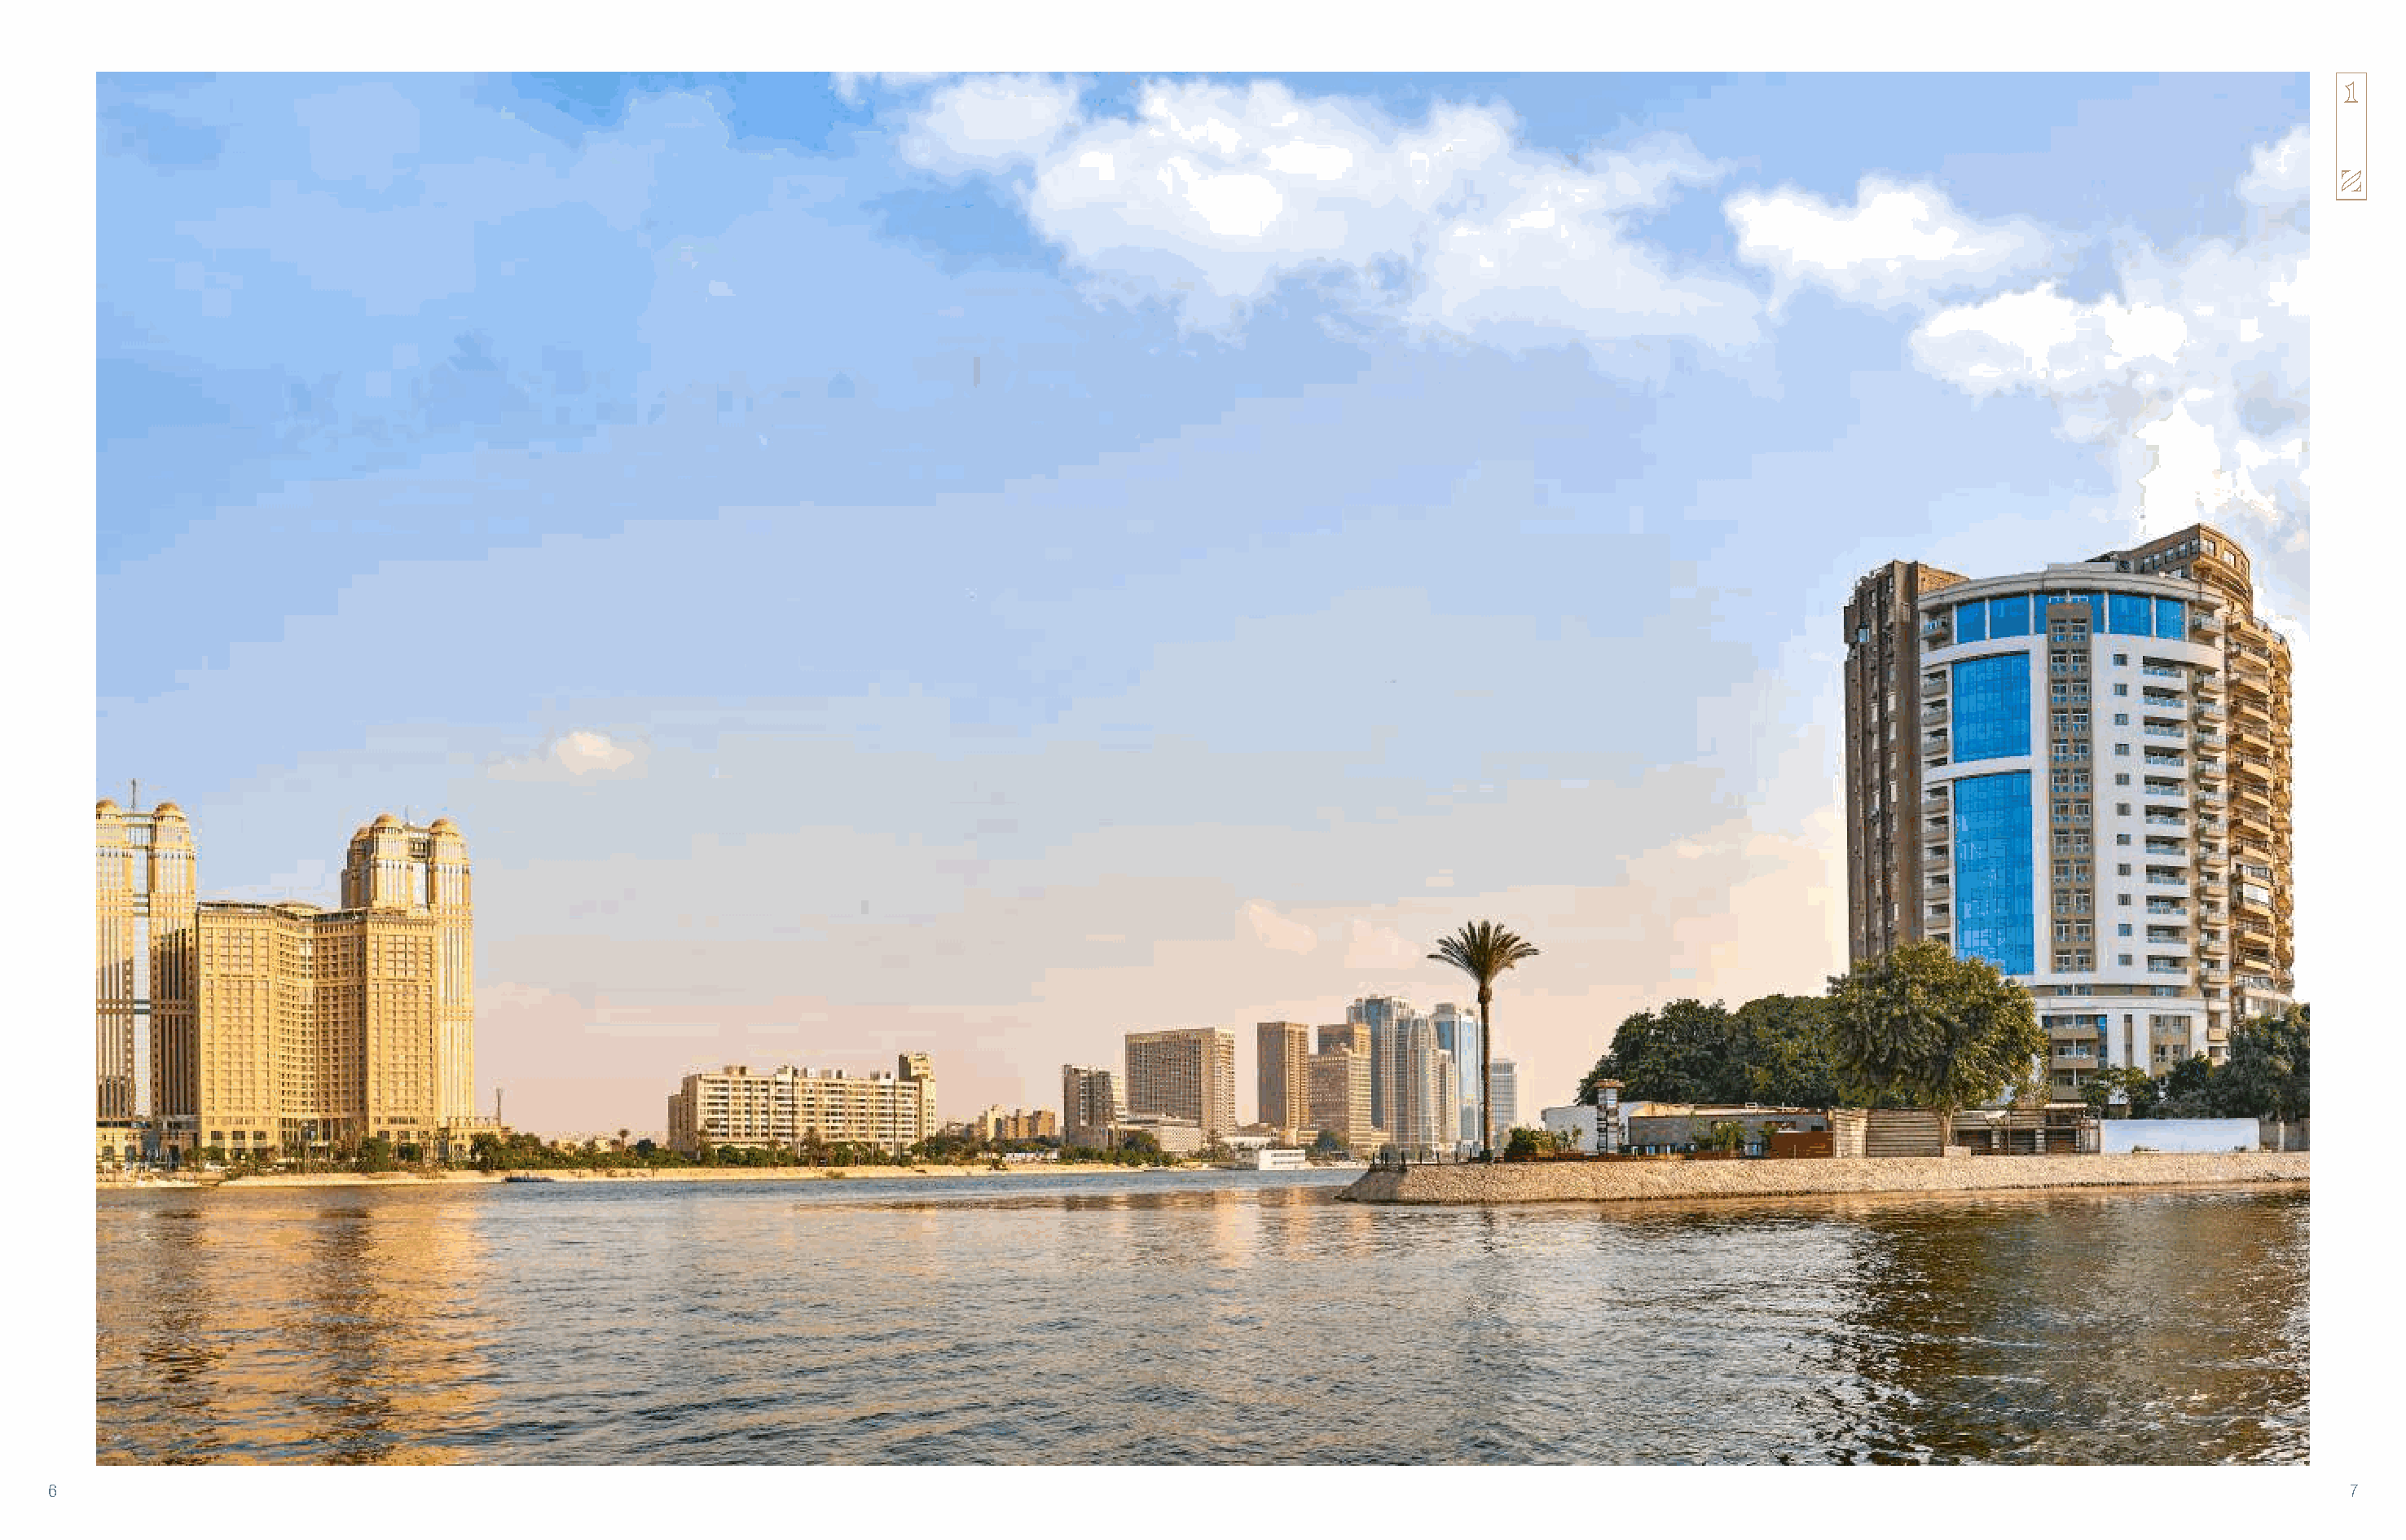
6                                                                                                                                                                                          7